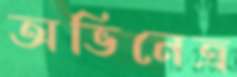
অভিনেত্র